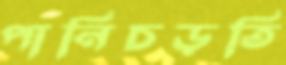
পানিচড়তি